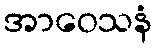
အာဝေသနံ